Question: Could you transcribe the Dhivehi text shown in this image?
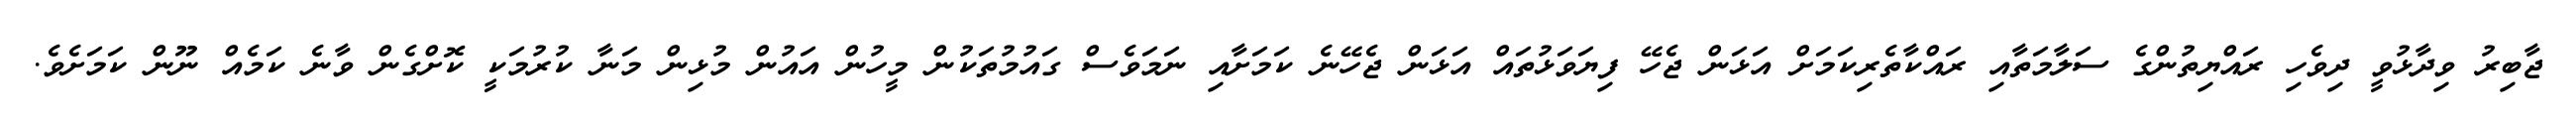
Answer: ޖާބިރު ވިދާޅުވީ ދިވެހި ރައްޔިތުންގެ ސަލާމަތާއި ރައްކާތެރިކަމަށް އަޅަން ޖެހޭ ފިޔަވަޅުތައް އަޅަން ޖެހޭނެ ކަމަށާއި ނަމަވެސް ގައުމުތަކުން މީހުން އައުން މުޅިން މަނާ ކުރުމަކީ ކޮށްގެން ވާނެ ކަމެއް ނޫން ކަމަށެވެ.